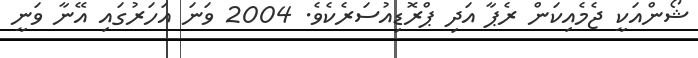
ޝޯންއަކީ ޖެމެއިކަން ރެޕާ އަދި ޕްރޮޑިއުސަރެކެވެ. 2004 ވަނަ އަހަރުގައި އޭނާ ވަނީ